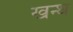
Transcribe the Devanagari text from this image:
खन्ध